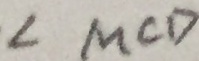
\angle M C D